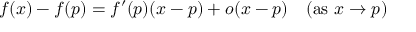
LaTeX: f ( x ) - f ( p ) = f ^ { \prime } ( p ) ( x - p ) + o ( x - p ) \quad ( { \mathrm { a s ~ } } x \to p )